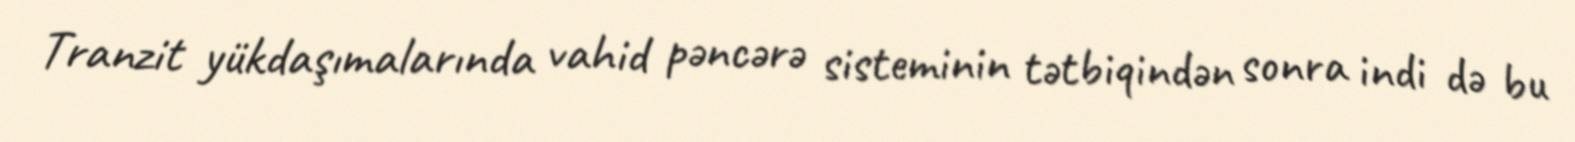
Tranzit yükdaşımalarında vahid pəncərə sisteminin tətbiqindən sonra indi də bu